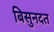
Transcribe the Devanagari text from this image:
बिसुनदत